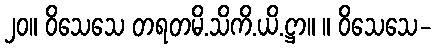
၂၀။ ဝိသေသေ တရတမိ.သိကိ.ယိ.ဋ္ဌာ။ ။ ဝိသေသေ-